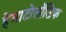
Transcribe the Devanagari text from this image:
हेमाटोलॉजिक